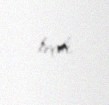
keçdi.